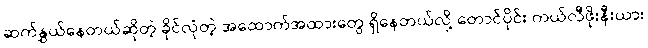
ဆက်နွှယ်နေတယ်ဆိုတဲ့ ခိုင်လုံတဲ့ အထောက်အထားတွေ ရှိနေတယ်လို့ တောင်ပိုင်း ကယ်လီဖိုးနီးယား